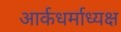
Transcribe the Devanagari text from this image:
आर्कधर्माध्यक्ष